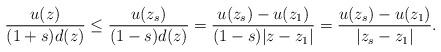
LaTeX: \begin{align*}\frac{u(z)}{(1+s)d(z)}\leq\frac{u(z_s)}{(1-s)d(z)}=\frac{u(z_s)-u(z_1)}{(1-s)|z-z_1|}=\frac{u(z_s)-u(z_1)}{|z_s-z_1|}.\end{align*}